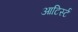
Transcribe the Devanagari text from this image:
आटिर्स्ट